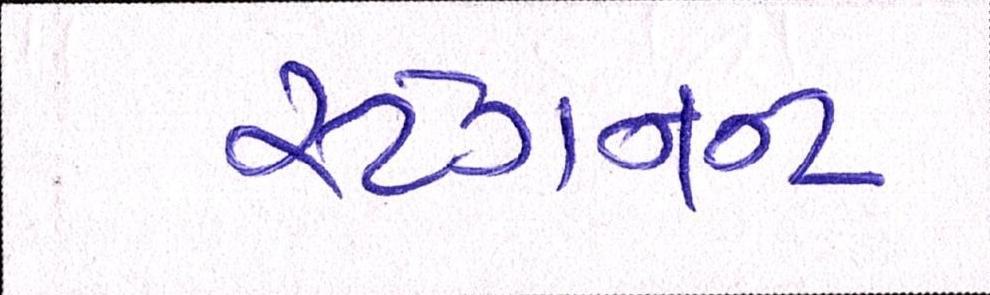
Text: સ્ટેગનન્ટ